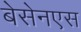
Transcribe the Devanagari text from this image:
बेसेनएस